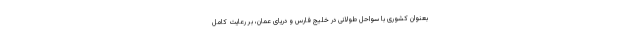
بعنوان کشوری با سواحل طولانی در خلیج فارس و دریای عمان، بر رعایت کامل